Leaving Certificate Examination (including Day School Certificate (Higher) General paper), 1939
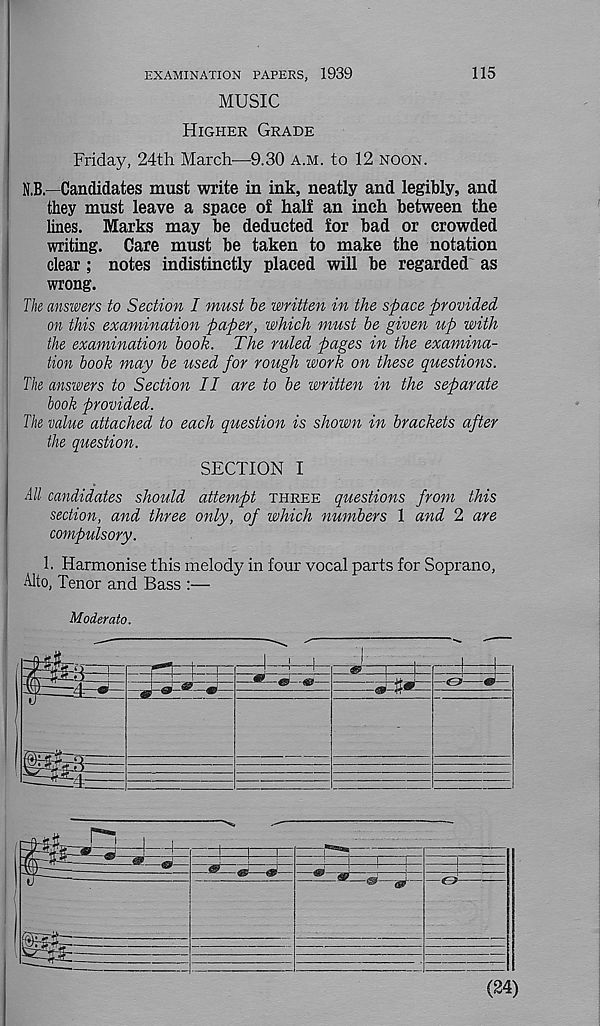
115
EXAMINATION PAPERS, 1939
MUSIC
Higher Grade
Friday, 24th March—9.30 A.M. to 12 noon.
N.B.—Candidates must write in ink, neatly and legibly, and
they must leave a space of half an inch between the
lines. Marks may be deducted for bad or crowded
writing. Care must be taken to make the notation
clear ; notes indistinctly placed will be regarded as
wrong.
The answers to Section I must be written in the space provided
on this examination paper, which must be given up with
the examination book. The ruled pages in the examina-
tion book may be used for rough work on these questions.
The answers to Section II are to be written in the separate
hook provided.
The value attached to each question is shown in brackets after
the question.
SECTION I
All candidates should attempt three questions from this
section, and three only, of which numbers 1 and 2 are
compulsory.
1. Harmonise this melody in four vocal parts for Soprano,
Alto, Tenor and Bass :—
Moderato.
(24)